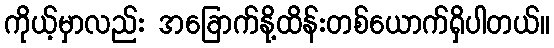
ကိုယ့်မှာလည်း အခြောက်နို့ထိန်းတစ်ယောက်ရှိပါတယ်။